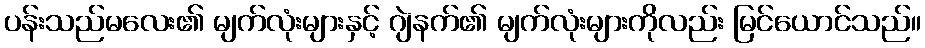
ပန်းသည်မလေး၏ မျက်လုံးများနှင့် ဂျဲနက်၏ မျက်လုံးများကိုလည်း မြင်ယောင်သည်။